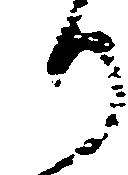
り